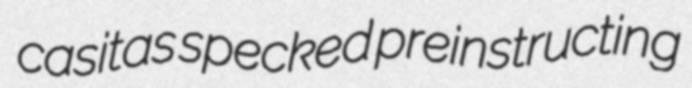
casitas specked preinstructing